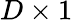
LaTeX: D\times 1